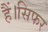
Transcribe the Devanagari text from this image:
हैं।सिफर